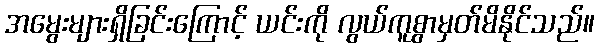
အမွေးများရှိခြင်းကြောင့် ယင်းကို လွယ်ကူစွာမှတ်မိနိုင်သည်။